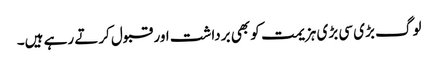
لوگ بڑی سی بڑی ہزیمت کو بھی برداشت اور قبول کرتے رہے ہیں۔